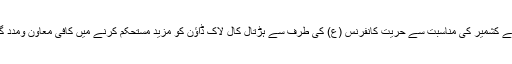
ادھر یوم شہدائے کشمیر کی مناسبت سے حریت کانفرنس (ع) کی طرف سے ہڑتال کال لاک ڈاؤن کو مزید مستحکم کرنے میں کافی معاون ومدد گار ثابت ہوئی۔